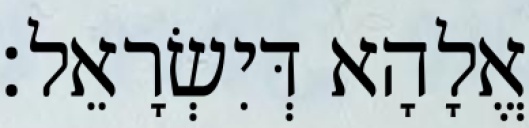
אֱלָהָא דְּיִשְׂרָאֵל׃